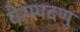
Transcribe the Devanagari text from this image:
पेरम्पदप्पु